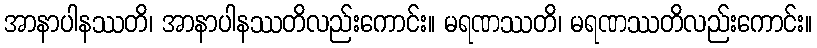
အာနာပါနဿတိ၊ အာနာပါနဿတိလည်းကောင်း။ မရဏဿတိ၊ မရဏဿတိလည်းကောင်း။